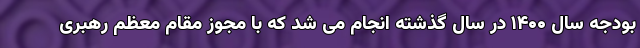
بودجه سال ۱۴۰۰ در سال گذشته انجام می شد که با مجوز مقام معظم رهبری